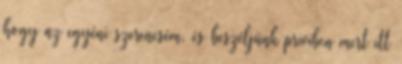
hogy az egyéni szerencsém, és beszéljünk priviben mert itt